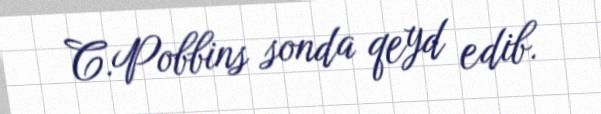
C.Pobbins sonda qeyd edib.